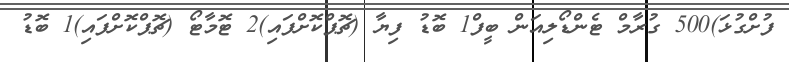
ފުށްގުޅަ)500 ގުރާމް ޓެންޑޯލިއަން ބީފް1 ބޮޑު ފިޔާ (ޗޮޕްކޮށްފައި)2 ޓޮމާޓޯ (ޗޮޕްކޮށްފައި)1 ބޮޑު